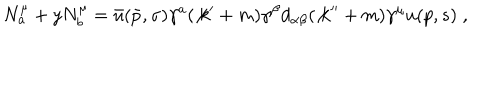
LaTeX: N _ { a } ^ { \mu } + y N _ { b } ^ { \mu } = \bar { u } ( \bar { p } , \sigma ) \gamma ^ { a } ( \not { k } ^ { \prime } + m ) \gamma ^ { \beta } d _ { \alpha \beta } ( \not { k } ^ { \prime \prime } + m ) \gamma ^ { \mu } u ( p , s ) \; ,